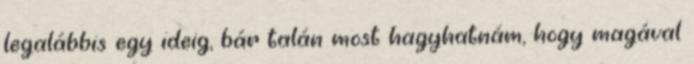
legalábbis egy ideig, bár talán most hagyhatnám, hogy magával